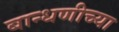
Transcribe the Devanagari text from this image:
बान्धणीच्या